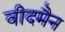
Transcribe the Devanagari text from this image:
वीदमैन